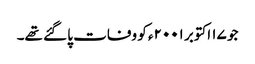
جو ۱۷ اکتوبر ۲۰۰۱ء کو وفات پا گئے تھے۔